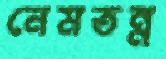
নেমতন্ন